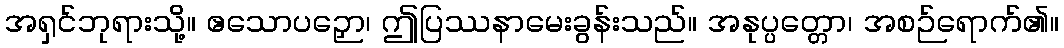
အရှင်ဘုရားသို့။ ဧသောပဉှော၊ ဤပြဿနာမေးခွန်းသည်။ အနုပ္ပတ္တော၊ အစဉ်ရောက်၏။